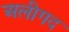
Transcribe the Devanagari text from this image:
अलीगद